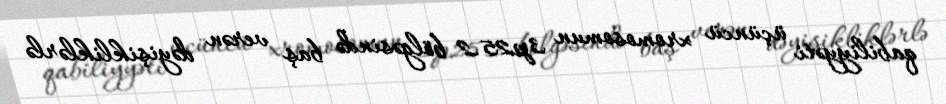
qabiliyyəti üçüncü xromosomun 3p25.2 bölgəsində baş verən dəyişikliklərlə